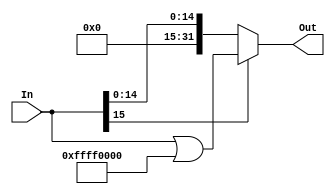
`timescale 1ns / 1ps
////////////////////////////////////////////////////////////////////////////////
// Computer Architecture
// 
// Module - SignExtension.v
// Description - Sign extension module.
////////////////////////////////////////////////////////////////////////////////
module SignExtension(In, Out);

    /* A 16-Bit input word */
    input [15:0] In;
    
    /* A 32-Bit output word */
    output [31:0] Out;
    
    assign Out = (In[15] == 0) ? (In) : (In | 'hffff0000);

endmodule